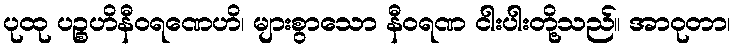
ပုထု ပဉ္စဟိနီဝရဏေဟိ၊ များစွာသော နီဝရဏ ငါးပါးတို့သည်။ အာဝုတာ၊